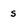
Character: s